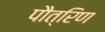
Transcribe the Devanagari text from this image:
पौत्रिण